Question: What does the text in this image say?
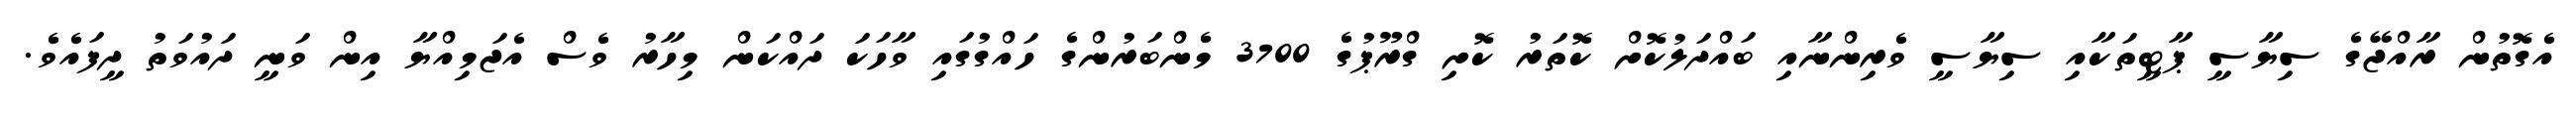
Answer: އެގޮތުން ރާއްޖޭގެ ސިޔާސީ ޕާޓީތަކާއި ސިޔާސީ ވެރިންނާއި ބައްދަލުކޮށް ކޮތަރު ކޮށި ގްރޫޕުގެ 3700 މެންބަރުންގެ ހައްގުގައި ވާހަކަ ދައްކަން މިހާރު ވެސް އެޖަމިއްޔާ އިން ވަނީ ދައުވަތު ދީފައެވެ.